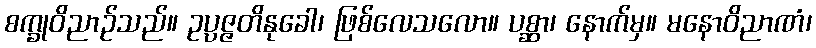
စက္ခုဝိညာဉ်သည်။ ဥပ္ပဇ္ဇတိနုခေါ၊ ဖြစ်လေသလော။ ပစ္ဆာ၊ နောက်မှ။ မနောဝိညာဏံ၊